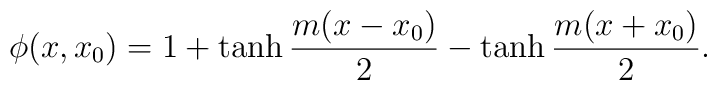
\phi(x,x_0) = 1 + \tanh \frac{m(x-x_0)}{2} - \tanh \frac{m(x+x_0)}{2}.